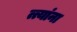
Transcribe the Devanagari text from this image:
त्त्यांना